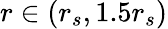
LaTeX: r\in(r_{s},1.5r_{s})